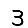
Digit: 3